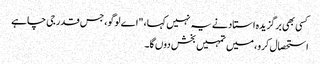
کسی بھی برگزیدہ استاد نے یہ نہیں کہا، "اے لوگو، جس قدر جی چاہے
استحصال کرو، میں تمہیں بخش دوں گا۔